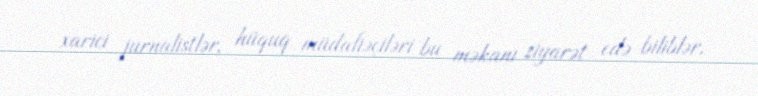
xarici jurnalistlər, hüquq müdafiəçiləri bu məkanı ziyarət edə biliblər.